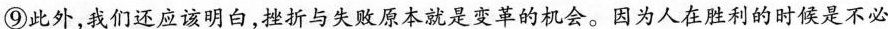
⑨此外，我们还应该明白，挫折与失败原本就是变革的机会。因为人在胜利的时候是不必